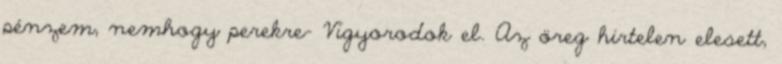
pénzem, nemhogy perekre- Vigyorodok el. Az öreg hirtelen elesett,